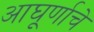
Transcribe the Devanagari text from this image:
आघूर्णाचे